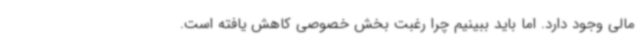
مالی وجود دارد. اما باید ببینیم چرا رغبت بخش خصوصی کاهش یافته است.